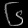
Digit: ၆